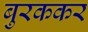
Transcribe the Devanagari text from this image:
बुरककर